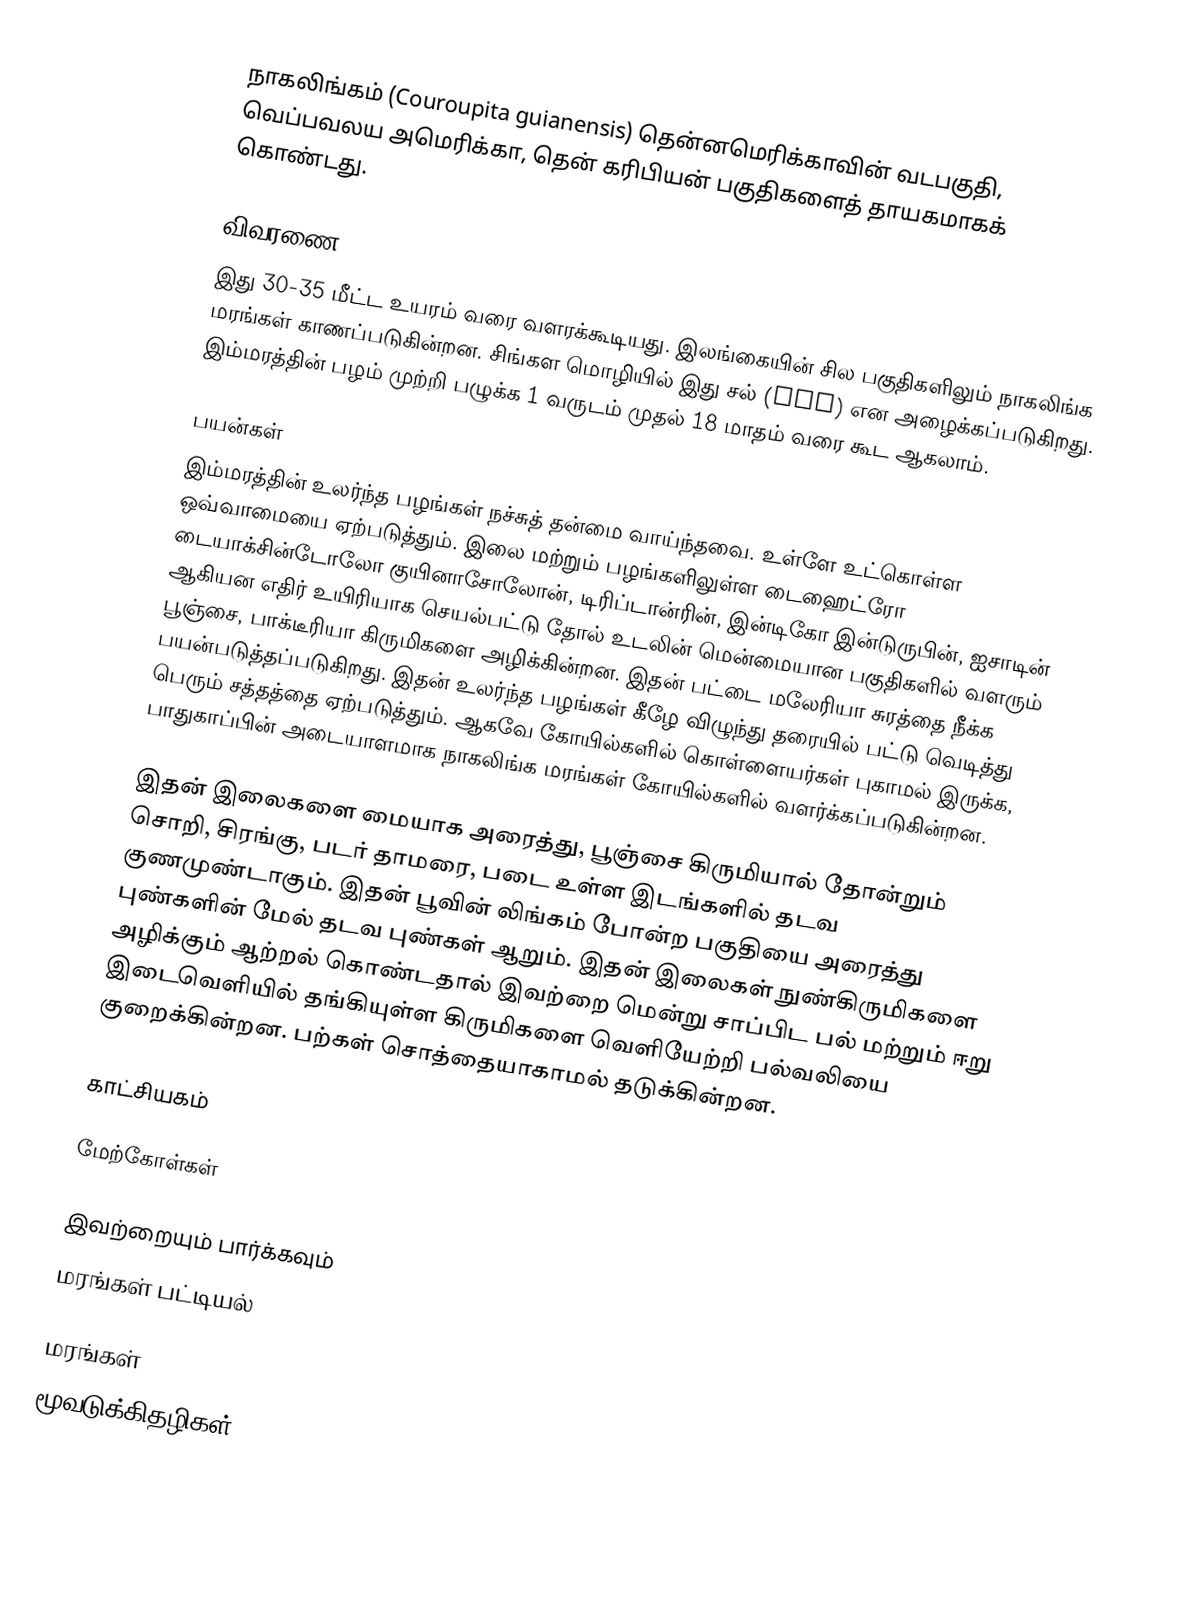
நாகலிங்கம் (Couroupita guianensis) தென்னமெரிக்காவின் வடபகுதி, வெப்பவலய அமெரிக்கா, தென் கரிபியன் பகுதிகளைத் தாயகமாகக் கொண்டது.

விவரணை
இது 30-35 மீட்ட உயரம் வரை வளரக்கூடியது. இலங்கையின் சில பகுதிகளிலும் நாகலிங்க மரங்கள் காணப்படுகின்றன. சிங்கள மொழியில் இது சல் (සල්) என அழைக்கப்படுகிறது. இம்மரத்தின் பழம் முற்றி பழுக்க 1 வருடம் முதல் 18 மாதம் வரை கூட ஆகலாம்.

பயன்கள்
இம்மரத்தின் உலர்ந்த பழங்கள் நச்சுத் தன்மை வாய்ந்தவை. உள்ளே உட்கொள்ள ஒவ்வாமையை ஏற்படுத்தும். இலை மற்றும் பழங்களிலுள்ள டைஹைட்ரோ டையாக்சின்டோலோ குயினாசோலோன், டிரிப்டான்ரின், இன்டிகோ இன்டுருபின், ஐசாடின் ஆகியன எதிர் உயிரியாக செயல்பட்டு தோல் உடலின் மென்மையான பகுதிகளில் வளரும் பூஞ்சை, பாக்டீரியா கிருமிகளை அழிக்கின்றன. இதன் பட்டை மலேரியா சுரத்தை நீக்க பயன்படுத்தப்படுகிறது. இதன் உலர்ந்த பழங்கள் கீழே விழுந்து தரையில் பட்டு வெடித்து பெரும் சத்தத்தை ஏற்படுத்தும். ஆகவே கோயில்களில் கொள்ளையர்கள் புகாமல் இருக்க, பாதுகாப்பின் அடையாளமாக நாகலிங்க மரங்கள் கோயில்களில் வளர்க்கப்படுகின்றன.

இதன் இலைகளை மையாக அரைத்து, பூஞ்சை கிருமியால் தோன்றும் சொறி, சிரங்கு, படர் தாமரை, படை உள்ள இடங்களில் தடவ குணமுண்டாகும். இதன் பூவின் லிங்கம் போன்ற பகுதியை அரைத்து புண்களின் மேல் தடவ புண்கள் ஆறும். இதன் இலைகள் நுண்கிருமிகளை அழிக்கும் ஆற்றல் கொண்டதால் இவற்றை மென்று சாப்பிட பல் மற்றும் ஈறு இடைவெளியில் தங்கியுள்ள கிருமிகளை வெளியேற்றி பல்வலியை குறைக்கின்றன. பற்கள் சொத்தையாகாமல் தடுக்கின்றன.

காட்சியகம்

மேற்கோள்கள்

இவற்றையும் பார்க்கவும்
 மரங்கள் பட்டியல்

மரங்கள்
மூவடுக்கிதழிகள்